Report on the metropolitan horse fairs and district horse shows of 1892-93 - 1892-1893
Year: 1892
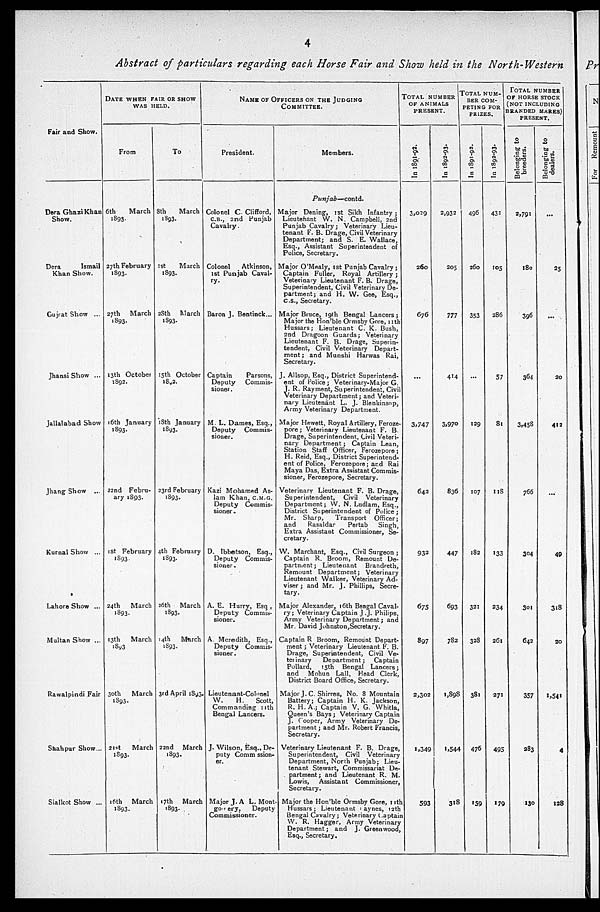
4
Abstract of particulars regarding each Horse Fair and Show held in the North-Western
Fair and Show.
Dera Ghazi Khan
Show.
Dcra
Ismail
Khan Show.
Gujrat Show ...
Jhansi Show ...
Jallalabad Show
Jhang Show ...
Kurnal Show ...
Lahore Show ...
Multan Show ...
Rawalpindi Fair
Shahpur Show...
Sialkot Show ...
DATE WHEN FAIR OR SHOW
WAS HELD.
From
6th
March
1893.
27th February
1893.
27th
March
1893.
13th October
1892.
16th January
1893.
22nd Febru-
ary 1893.
1st February
1893
24th
March
1893.
13th
March
1893
30th
March
1S93.
21st
March
1893.
16th
March
1893.
To
3th
March
1893.
1st
March
1893.
28th
March
1893.
15th October
1892.
18th January
1893.
23rd February
1893.
4th February
1893.
26th
March
1893.
14th
March
1893.
3rd April 1893
22nd
March
1893.
17th
March
1893.
NAME OF OFFICERS ON THE JUDGING
COMMITTEE.
President.
Colonel C. Clifford,
C.B., 2nd Punjab
Cavalry.
Colonel
Atkinson,
1st Punjab Caval-
ry.
Baron J. Bentinck ...
Captain
Parsons,
Deputy
Commis-
sioner.
M. L. Dames, Esq.,
Deputy Commis-
sioner.
Kazi Mohamed As-
1am Khan, C.M.G.
Deputy Commis-
sioner.
D. Ibhetson, Esq.,
Deputy Commis-
sioner .
A. E. Hurry, Esq ,
Deputy Commis-
sioner.
A. Meredith, Esq.,
Deputy Commis-
sioner.
Lieutenant-Colonel
W.
H.
Scott,
Commanding 11th
Bengal Lancers.
J. Wilson, Esq., De-
puty Comm ssion-
er.
Major J. A L. Mont
gorery,
Deputy
Commissioner.
Members.
Punjab—contd.
Major Dening, 1st Sikh Infantry;
Lieutenant W. N. Campbell, 2nd
Punjab Cavalry; Veterinary Lieu-
tenant F. B. Drage, Civil Veterinary
Department; and S. E. Wallace,
Esq., Assistant Superintendent of
Police, Secretary.
Major O'Mealy, 1st Punjab Cavalry;
Captain Fuller, Royal Artillery;
Veterinary Lieutenant F. B. Drage,
Superintendent, Civil Veterinary De-
partment; and H. W. Gee, Esq.,
C.S., Secretary.
Major Bruce, 19th Bengal Lancers;
Major the Hon'ble Ormsby Gore, 11th
Hussars; Lieutenant C. K. Bush,
2nd Dragoon Guards; Veterinary
Lieutenant F. B. Drage, Superin-
tendent, Civil Veterinary Depart-
ment; and Munshi Harwas Rai,
Secretary.
J. Allsop, Esq., District Superintend-
ent of Police; Veterinary-Major G.
J. R. Rayment, Superintendent, Civil
Veterinary Department; and Veteri-
nary Lieutenant L. J. Blenkinsop,
Army Veterinary Department.
Major Hewett, Royal Artillery, Feroze-
pore; Veterinary Lieutenant F. B.
Drage, Superintendent, Civil Veteri-
nary Department; Captain Lean,
Station Staff Officer, Ferozepore;
H. Reid, Esq., District Superintend-
ent of Police, Ferozepore; and Rai
Maya Das, Extra Assistant Commis-
sioner, Ferozepore, Secretary.
Veterinary Lieutenant F. B. Drage,
Superintendent, Civil Veterinary
Department; W. N. Ludlam, Esq.,
District Superintendent of Police;
Mr. Sharp,
Transport
Officer;
and
Rasaldar
Pertab
Singh,
Extra Assistant Commissioner, Se-
cretary.
W. Marchant, Esq., Civil Surgeon;
Captain R. Broom, Remount De-
partment; Lieutenant
Btandreth,
Remount Department; Veterinary
Lieutenant Walker, Veterinary Ad-
viser ; and Mr. J. Phillips, Secre-
tary.
Major Alexander, 16th Bengal Caval-
ry; Veterinary Captain J. J. Philips,
Army Veterinary Department; and
Mr David Johnston,Secretary.
Captain R Broom, Remount Depart-
ment; Veterinary Lieutenant F. B.
Drage, Superintendent, Civil Ve-
terinary
Department;
Captain
Pollard,
15th Bengal Lancers;
and
Mohun Lall, Head Clerk,
District Board Office, Secretary.
Major J. C. Shirres, No. S Mountain
Battery; Captain H. K. Jackson,
R. H. A.; Captain V. G. Whitla,
Queen's Bays; Veterinary Captain
J. Cooper, Army Veterinary De-
partment; and Mr. Robert Francis,
Secretary.
Veterinary Lieutenant F. B. Drage,
Superintendent, Civil Veterinary
Department, North Punjab; Lieu-
tenant Stewart, Commissariat De-
partment; and Lieutenant R. M.
Lowis, Assistant Commissioner,
Secretary.
- Major the Hon'ble Ormsby Gore, 11th
Hussars; Lieutenant payncs, 12th
Bengal Cavalry; Veterinary Captain
W. R. Hagger, Army Veterinary
Department; and J. Greenwood,
Esq., Secretary.
TOTAL NUMBER
OF ANIMALS
PRESENT.
In 1891-92.
3,029
260
676
...
3,747
642
932
675
897
2,302
1,349
593
In 1892-93.
2,932
205
777
414
3,970
836
447
693
782
1,898
1,544
318
TOTAL NUM-
BER COM-
ETING FOR
PRIZ
In 1891-92.
496
260
353
...
129
107
182
321
328
381
476
159
In 1892-93.
431
105
286
57
81
118
133
234
261
271
495
179
TOTAL NUMBER OF HORSE ST
NOT INCLUDING
RANDED MARES)
PRESENT.
Belonging to
breeders.
2,791
180
396
364
3,458
766
304
301
642
357
283
130
Belonging to
dealers.
...
25
...
20
412
...
49
318
20
1,541
4
128